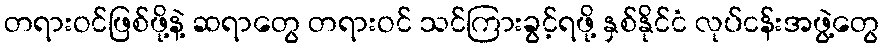
တရားဝင်ဖြစ်ဖို့နဲ့ ဆရာတွေ တရားဝင် သင်ကြားခွင့်ရဖို့ နှစ်နိုင်ငံ လုပ်ငန်းအဖွဲ့တွေ